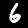
Label: 6